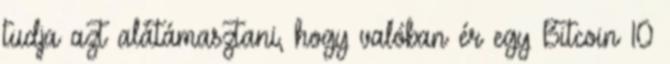
tudja azt alátámasztani, hogy valóban ér egy Bitcoin 10